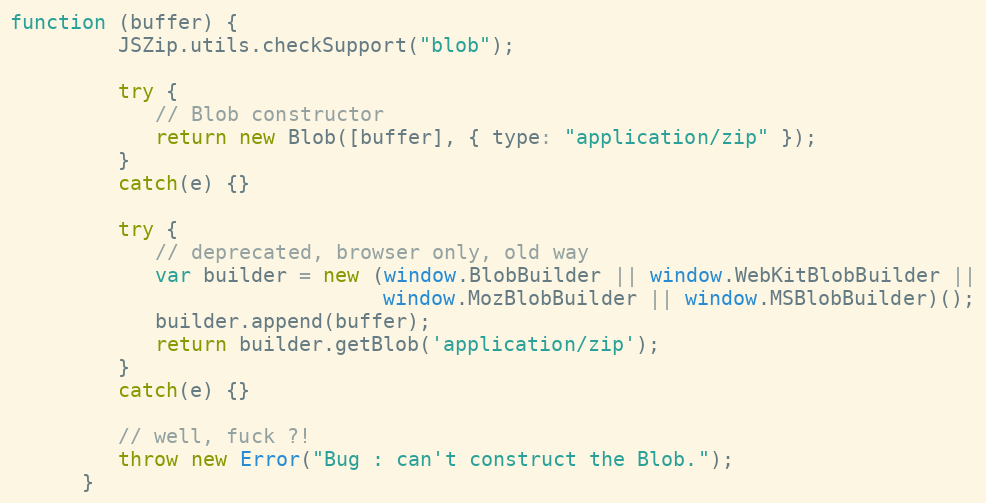
Language: JavaScript
function (buffer) {
         JSZip.utils.checkSupport("blob");

         try {
            // Blob constructor
            return new Blob([buffer], { type: "application/zip" });
         }
         catch(e) {}

         try {
            // deprecated, browser only, old way
            var builder = new (window.BlobBuilder || window.WebKitBlobBuilder ||
                               window.MozBlobBuilder || window.MSBlobBuilder)();
            builder.append(buffer);
            return builder.getBlob('application/zip');
         }
         catch(e) {}

         // well, fuck ?!
         throw new Error("Bug : can't construct the Blob.");
      }